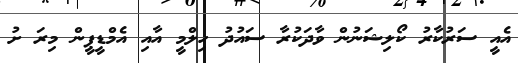
އެއީ ސަރުކާރު ކޯލިޝަނުން ވާދަކުރާ ސައުދު ހިލްމީ އާއި އެމްޑީޕީން މިރަ ށު